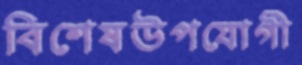
বিশেষউপযোগী